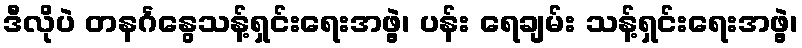
ဒီလိုပဲ တနင်္ဂနွေသန့်ရှင်းရေးအဖွဲ့၊ ပန်း ရေချမ်း သန့်ရှင်းရေးအဖွဲ့၊